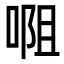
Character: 唨